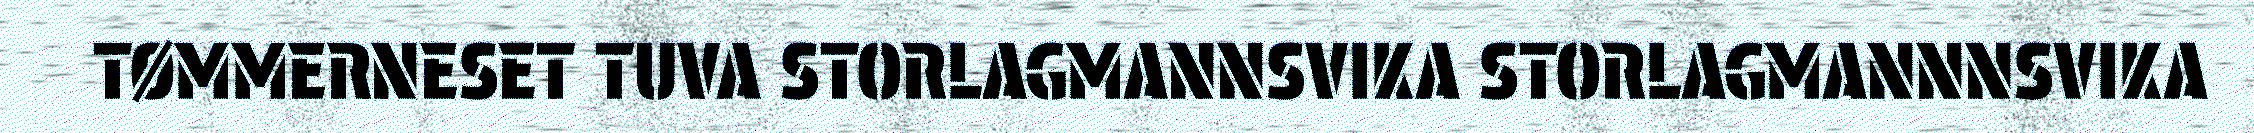
TØMMERNESET TUVA STORLAGMANNSVIKA STORLAGMANNNSVIKA